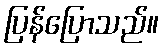
ပြန်ပြောသည်။